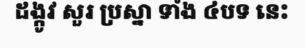
ដង្កូវ សួរ ប្រស្នា ទាំង ៤បទ នេះ